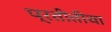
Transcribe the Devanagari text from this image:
प्रतीतीचा